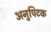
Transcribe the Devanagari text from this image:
अनुपिटक